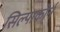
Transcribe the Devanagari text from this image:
सिल्पाकोर्न